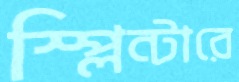
স্প্লিন্টারে